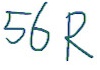
Text: 56R